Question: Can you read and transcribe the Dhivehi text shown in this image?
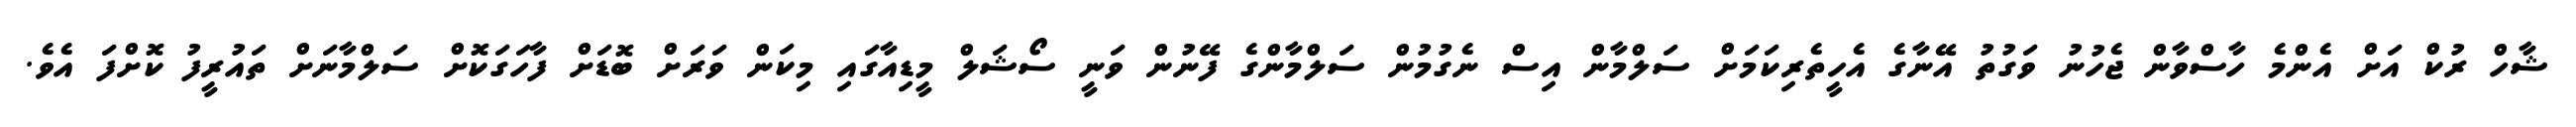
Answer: ޝާހް ރުކް އަށް އެންމެ ހާސްވާން ޖެހުނު ވަގުތު އޭނާގެ އެހީތެރިކަމަށް ސަލްމާން އިސް ނެގުމުން ސަލްމާންގެ ފޭނުން ވަނީ ސޯޝަލް މީޑިއާގައި މިކަން ވަރަށް ބޮޑަށް ފާހަގަކޮށް ސަލްމާނަށް ތައުރީފު ކޮށްފަ އެވެ.